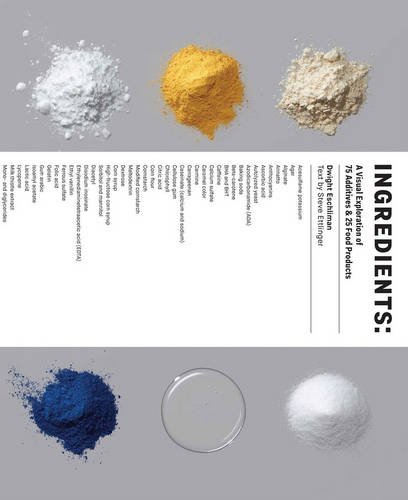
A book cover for Ingredients: A Visual Exploration of 75 Additives & 25 Food Products; Dwight Eschliman; Cookbooks, Food & Wine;